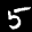
Label: 5